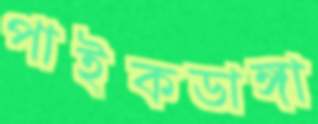
পাইকডাঙ্গা